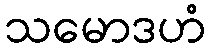
သမောဒဟံ